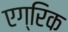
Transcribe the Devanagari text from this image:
एग्रिक